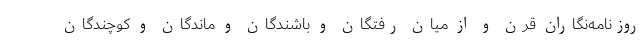
روزنامه‌نگاران قرن و از میان رفتگان و باشندگان و ماندگان و کوچندگان